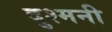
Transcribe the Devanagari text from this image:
दुश्‍मनी